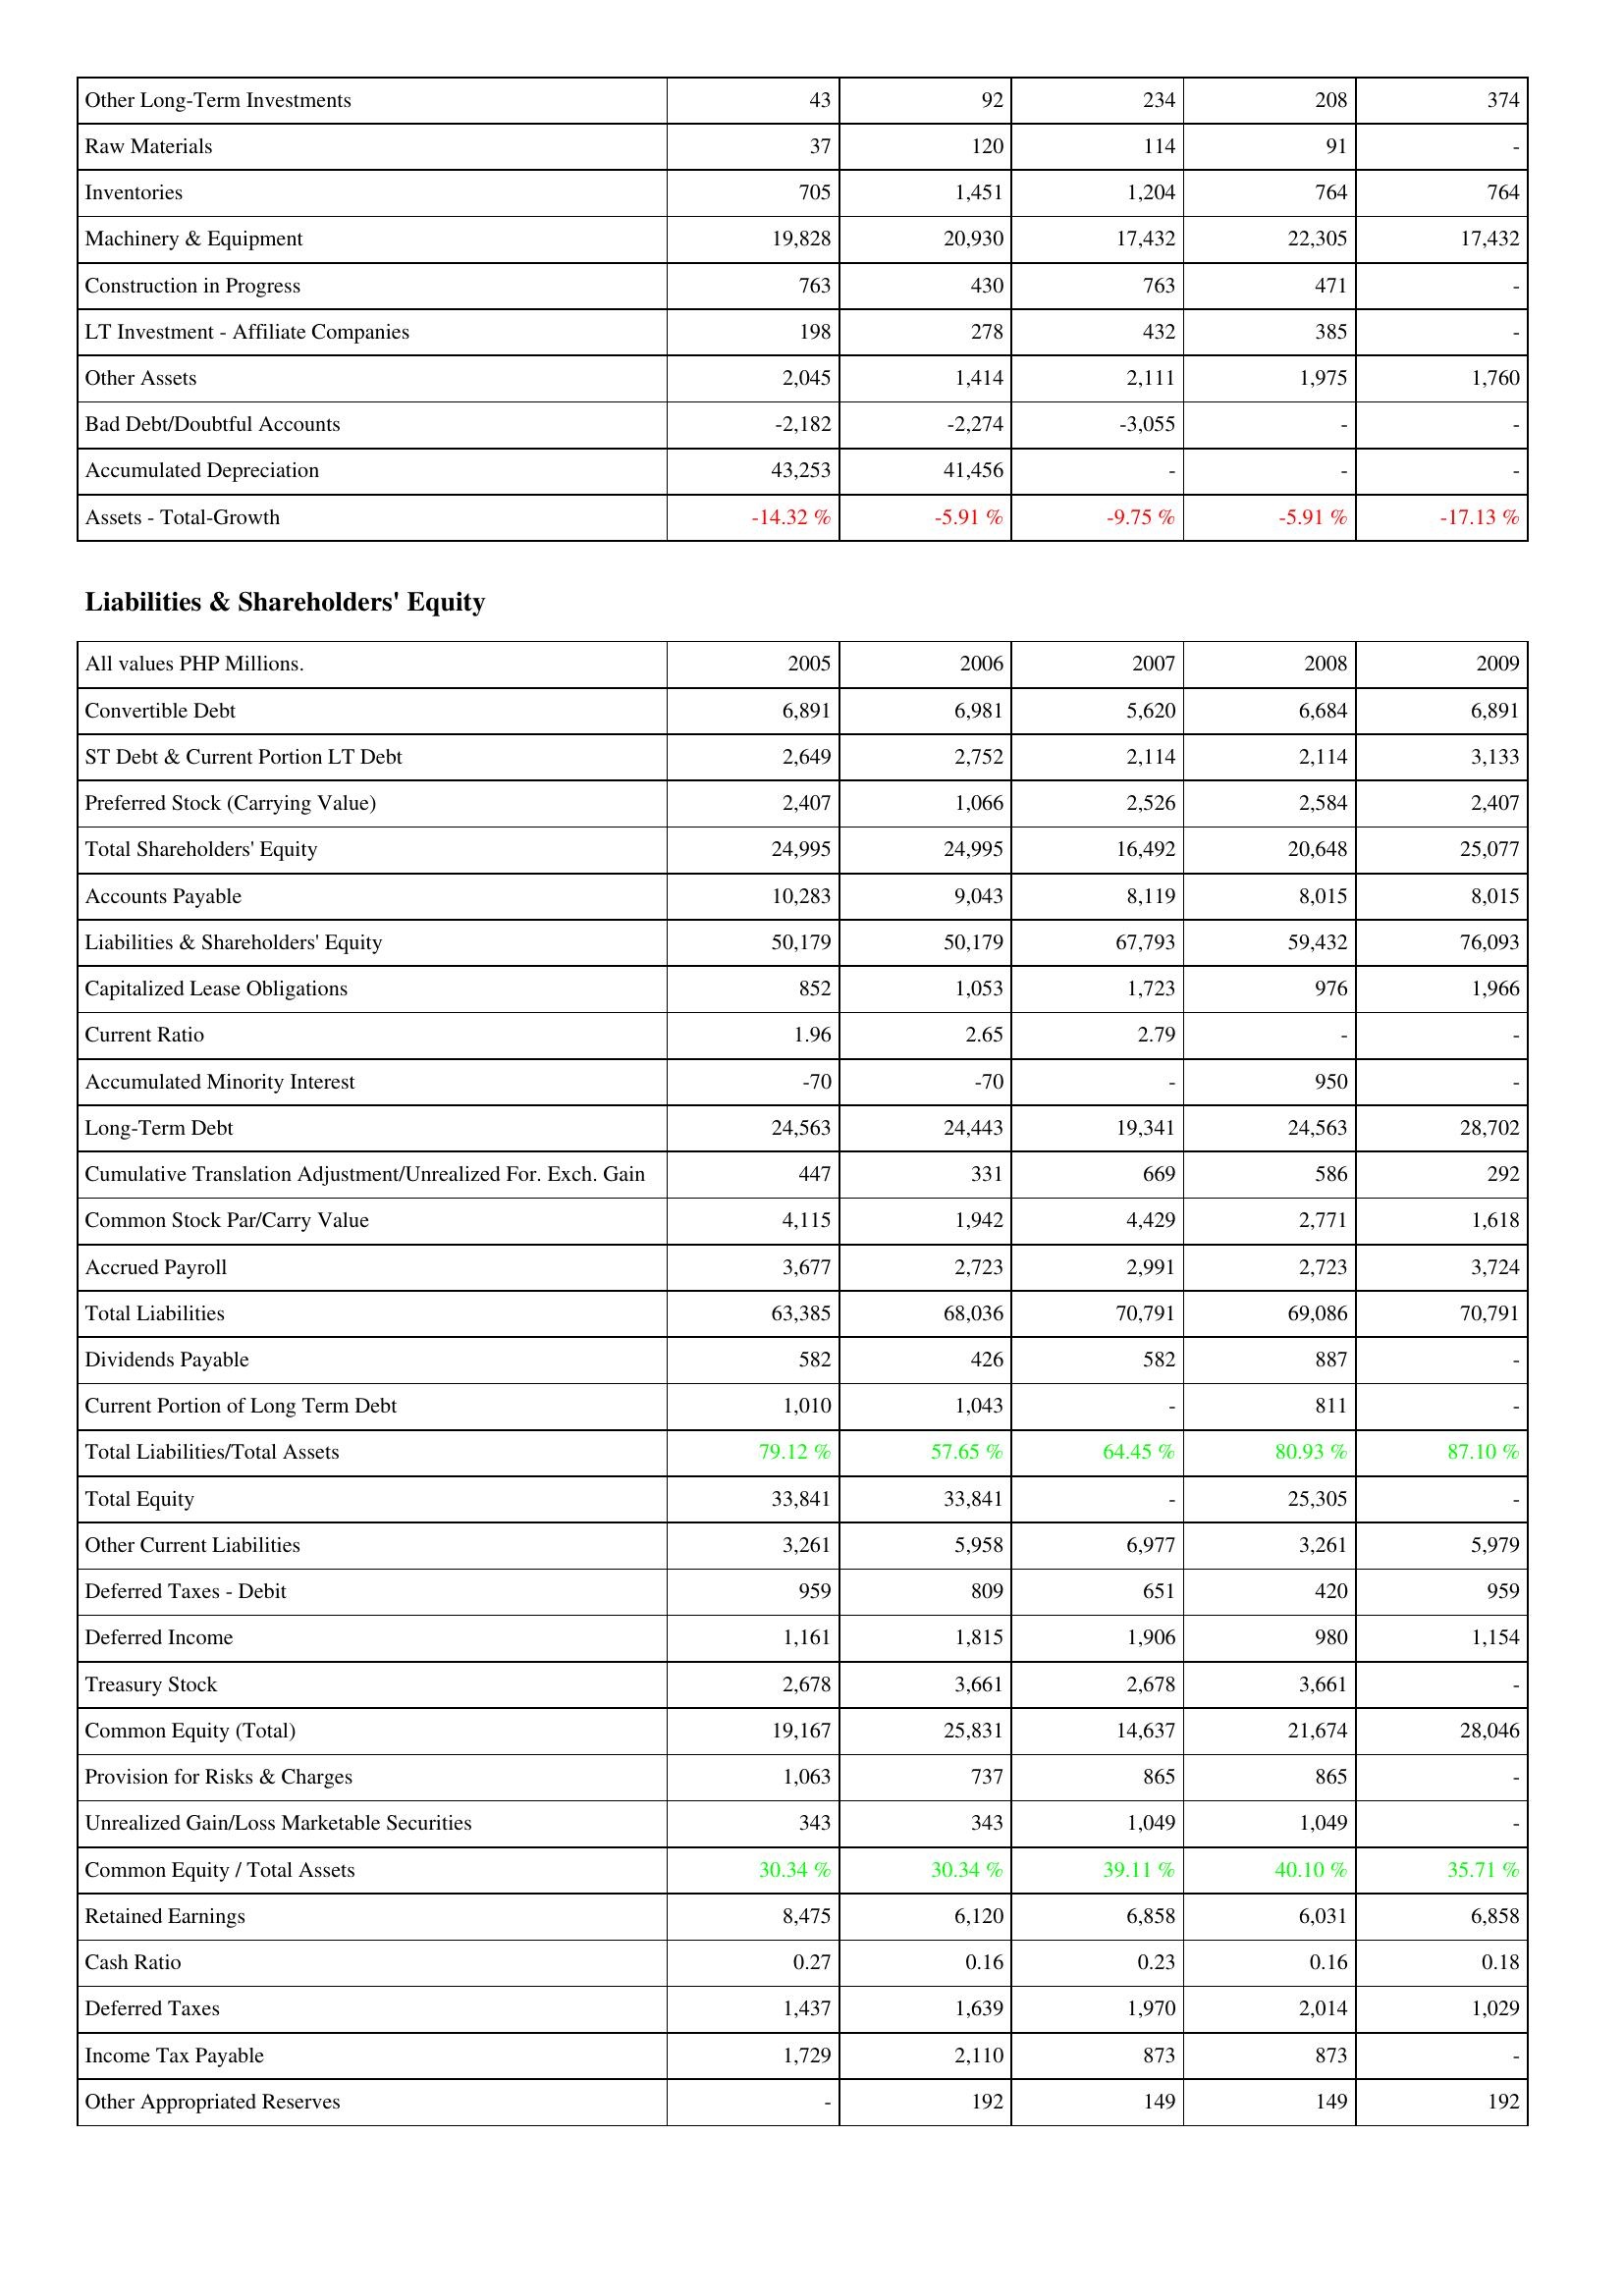
2005: Assets: Other Long-Term Investments: 43
Raw Materials: 37
Inventories: 705
Machinery & Equipment: 19,828
Construction in Progress: 763
LT Investment - Affiliate Companies: 198
Other Assets: 2,045
Bad Debt/Doubtful Accounts: -2,182
Accumulated Depreciation: 43,253
Assets - Total-Growth: -14.32 %
Liabilities & Shareholders' Equity: Convertible Debt: 6,891
ST Debt & Current Portion LT Debt: 2,649
Preferred Stock (Carrying Value): 2,407
Total Shareholders' Equity: 24,995
Accounts Payable: 10,283
Liabilities & Shareholders' Equity: 50,179
Capitalized Lease Obligations: 852
Current Ratio: 1.96
Accumulated Minority Interest: -70
Long-Term Debt: 24,563
Cumulative Translation Adjustment/Unrealized For. Exch. Gain: 447
Common Stock Par/Carry Value: 4,115
Accrued Payroll: 3,677
Total Liabilities: 63,385
Dividends Payable: 582
Current Portion of Long Term Debt: 1,010
Total Liabilities/Total Assets: 79.12 %
Total Equity: 33,841
Other Current Liabilities: 3,261
Deferred Taxes - Debit: 959
Deferred Income: 1,161
Treasury Stock: 2,678
Common Equity (Total): 19,167
Provision for Risks & Charges: 1,063
Unrealized Gain/Loss Marketable Securities: 343
Common Equity / Total Assets: 30.34 %
Retained Earnings: 8,475
Cash Ratio: 0.27
Deferred Taxes: 1,437
Income Tax Payable: 1,729
Other Appropriated Reserves: -
2006: Assets: Other Long-Term Investments: 92
Raw Materials: 120
Inventories: 1,451
Machinery & Equipment: 20,930
Construction in Progress: 430
LT Investment - Affiliate Companies: 278
Other Assets: 1,414
Bad Debt/Doubtful Accounts: -2,274
Accumulated Depreciation: 41,456
Assets - Total-Growth: -5.91 %
Liabilities & Shareholders' Equity: Convertible Debt: 6,981
ST Debt & Current Portion LT Debt: 2,752
Preferred Stock (Carrying Value): 1,066
Total Shareholders' Equity: 24,995
Accounts Payable: 9,043
Liabilities & Shareholders' Equity: 50,179
Capitalized Lease Obligations: 1,053
Current Ratio: 2.65
Accumulated Minority Interest: -70
Long-Term Debt: 24,443
Cumulative Translation Adjustment/Unrealized For. Exch. Gain: 331
Common Stock Par/Carry Value: 1,942
Accrued Payroll: 2,723
Total Liabilities: 68,036
Dividends Payable: 426
Current Portion of Long Term Debt: 1,043
Total Liabilities/Total Assets: 57.65 %
Total Equity: 33,841
Other Current Liabilities: 5,958
Deferred Taxes - Debit: 809
Deferred Income: 1,815
Treasury Stock: 3,661
Common Equity (Total): 25,831
Provision for Risks & Charges: 737
Unrealized Gain/Loss Marketable Securities: 343
Common Equity / Total Assets: 30.34 %
Retained Earnings: 6,120
Cash Ratio: 0.16
Deferred Taxes: 1,639
Income Tax Payable: 2,110
Other Appropriated Reserves: 192
2007: Assets: Other Long-Term Investments: 234
Raw Materials: 114
Inventories: 1,204
Machinery & Equipment: 17,432
Construction in Progress: 763
LT Investment - Affiliate Companies: 432
Other Assets: 2,111
Bad Debt/Doubtful Accounts: -3,055
Accumulated Depreciation: -
Assets - Total-Growth: -9.75 %
Liabilities & Shareholders' Equity: Convertible Debt: 5,620
ST Debt & Current Portion LT Debt: 2,114
Preferred Stock (Carrying Value): 2,526
Total Shareholders' Equity: 16,492
Accounts Payable: 8,119
Liabilities & Shareholders' Equity: 67,793
Capitalized Lease Obligations: 1,723
Current Ratio: 2.79
Accumulated Minority Interest: -
Long-Term Debt: 19,341
Cumulative Translation Adjustment/Unrealized For. Exch. Gain: 669
Common Stock Par/Carry Value: 4,429
Accrued Payroll: 2,991
Total Liabilities: 70,791
Dividends Payable: 582
Current Portion of Long Term Debt: -
Total Liabilities/Total Assets: 64.45 %
Total Equity: -
Other Current Liabilities: 6,977
Deferred Taxes - Debit: 651
Deferred Income: 1,906
Treasury Stock: 2,678
Common Equity (Total): 14,637
Provision for Risks & Charges: 865
Unrealized Gain/Loss Marketable Securities: 1,049
Common Equity / Total Assets: 39.11 %
Retained Earnings: 6,858
Cash Ratio: 0.23
Deferred Taxes: 1,970
Income Tax Payable: 873
Other Appropriated Reserves: 149
2008: Assets: Other Long-Term Investments: 208
Raw Materials: 91
Inventories: 764
Machinery & Equipment: 22,305
Construction in Progress: 471
LT Investment - Affiliate Companies: 385
Other Assets: 1,975
Bad Debt/Doubtful Accounts: -
Accumulated Depreciation: -
Assets - Total-Growth: -5.91 %
Liabilities & Shareholders' Equity: Convertible Debt: 6,684
ST Debt & Current Portion LT Debt: 2,114
Preferred Stock (Carrying Value): 2,584
Total Shareholders' Equity: 20,648
Accounts Payable: 8,015
Liabilities & Shareholders' Equity: 59,432
Capitalized Lease Obligations: 976
Current Ratio: -
Accumulated Minority Interest: 950
Long-Term Debt: 24,563
Cumulative Translation Adjustment/Unrealized For. Exch. Gain: 586
Common Stock Par/Carry Value: 2,771
Accrued Payroll: 2,723
Total Liabilities: 69,086
Dividends Payable: 887
Current Portion of Long Term Debt: 811
Total Liabilities/Total Assets: 80.93 %
Total Equity: 25,305
Other Current Liabilities: 3,261
Deferred Taxes - Debit: 420
Deferred Income: 980
Treasury Stock: 3,661
Common Equity (Total): 21,674
Provision for Risks & Charges: 865
Unrealized Gain/Loss Marketable Securities: 1,049
Common Equity / Total Assets: 40.10 %
Retained Earnings: 6,031
Cash Ratio: 0.16
Deferred Taxes: 2,014
Income Tax Payable: 873
Other Appropriated Reserves: 149
2009: Assets: Other Long-Term Investments: 374
Raw Materials: -
Inventories: 764
Machinery & Equipment: 17,432
Construction in Progress: -
LT Investment - Affiliate Companies: -
Other Assets: 1,760
Bad Debt/Doubtful Accounts: -
Accumulated Depreciation: -
Assets - Total-Growth: -17.13 %
Liabilities & Shareholders' Equity: Convertible Debt: 6,891
ST Debt & Current Portion LT Debt: 3,133
Preferred Stock (Carrying Value): 2,407
Total Shareholders' Equity: 25,077
Accounts Payable: 8,015
Liabilities & Shareholders' Equity: 76,093
Capitalized Lease Obligations: 1,966
Current Ratio: -
Accumulated Minority Interest: -
Long-Term Debt: 28,702
Cumulative Translation Adjustment/Unrealized For. Exch. Gain: 292
Common Stock Par/Carry Value: 1,618
Accrued Payroll: 3,724
Total Liabilities: 70,791
Dividends Payable: -
Current Portion of Long Term Debt: -
Total Liabilities/Total Assets: 87.10 %
Total Equity: -
Other Current Liabilities: 5,979
Deferred Taxes - Debit: 959
Deferred Income: 1,154
Treasury Stock: -
Common Equity (Total): 28,046
Provision for Risks & Charges: -
Unrealized Gain/Loss Marketable Securities: -
Common Equity / Total Assets: 35.71 %
Retained Earnings: 6,858
Cash Ratio: 0.18
Deferred Taxes: 1,029
Income Tax Payable: -
Other Appropriated Reserves: 192